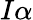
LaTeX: I\alpha